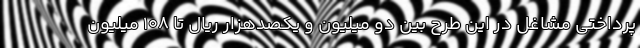
پرداختی مشاغل در این طرح بین دو میلیون و یکصدهزار ریال تا 108 میلیون